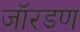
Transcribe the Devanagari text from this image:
जॉरडण